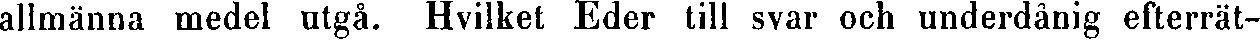
allmänna medel utgå. Hvilket Eder till svar och underdånig efterrät-